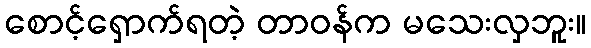
စောင့်ရှောက်ရတဲ့ တာဝန်က မသေးလှဘူး။